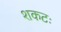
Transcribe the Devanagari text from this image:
शकटः